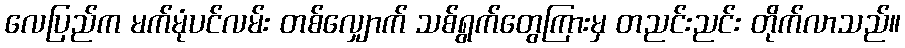
လေပြည်က မက်မုံပင်လမ်း တစ်လျှောက် သစ်ရွက်တွေကြားမှ တညင်းညင်း တိုက်လာသည်။